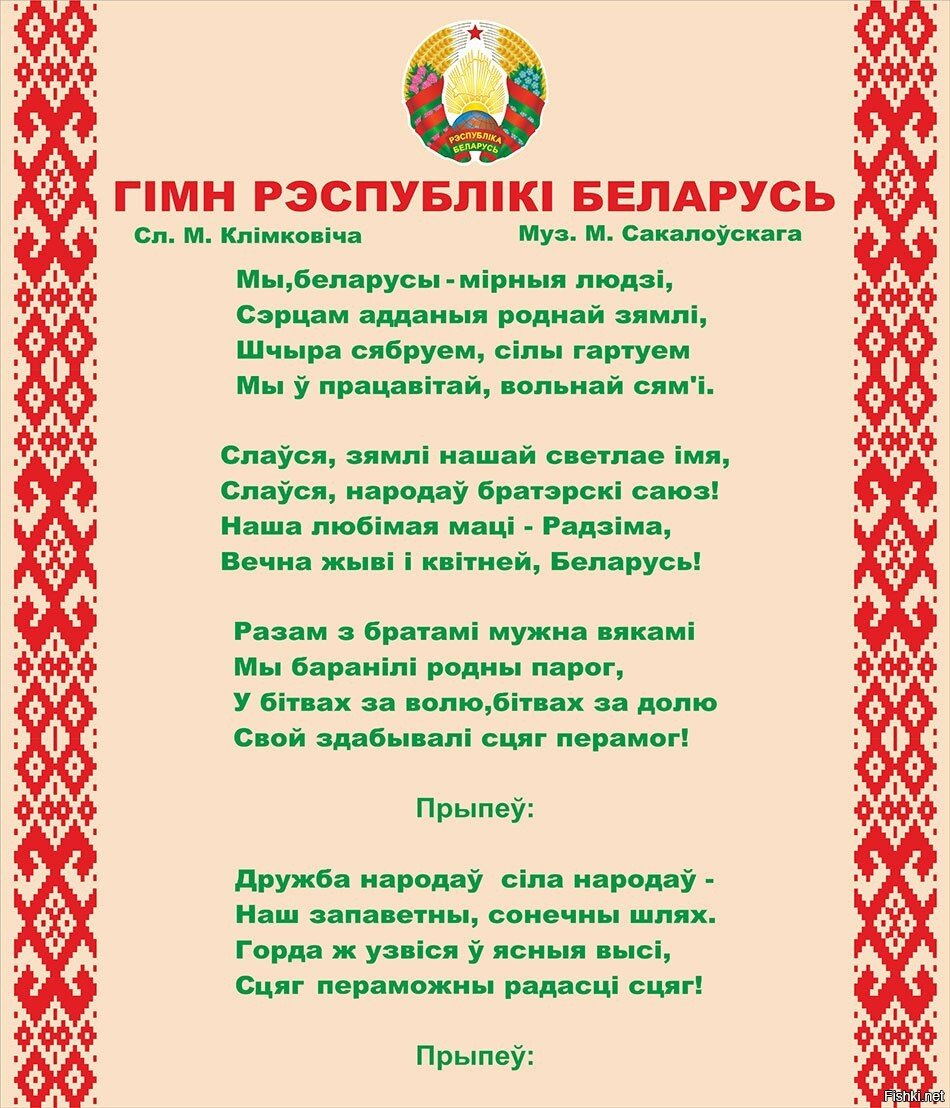
Language: be